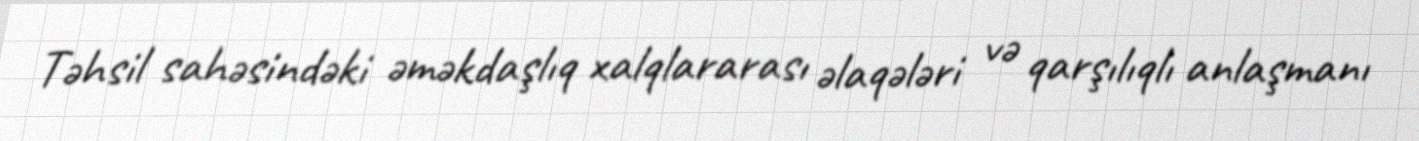
Təhsil sahəsindəki əməkdaşlıq xalqlararası əlaqələri və qarşılıqlı anlaşmanı